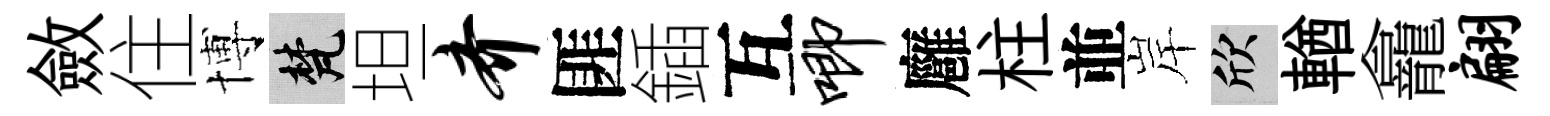
斂住博梵坦齐匪鍤互唧廱柱並岸欣輶龕翩